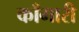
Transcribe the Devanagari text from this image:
काँगारी